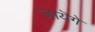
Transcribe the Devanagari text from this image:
जायॆगे